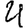
Digit: 4